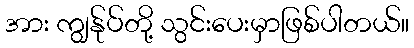
အား ကျွန်ုပ်တို့ သွင်းပေးမှာဖြစ်ပါတယ်။